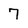
Character: 7